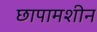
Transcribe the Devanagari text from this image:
छापामशीन